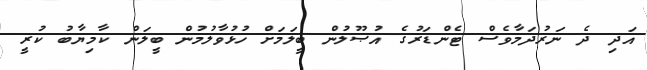
އަދި ދެ ނަރުދަމާވެސް ޓެންޑަރުގެ އުޞޫލުން ބީލަމަށް ހުޅުވާލުމުން ބީލަން ކާމިޔާބު ކުރީ